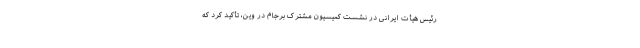
رئیس هیأت ایرانی در نشست کمیسیون مشترک برجام در وین، تأکید کرد که